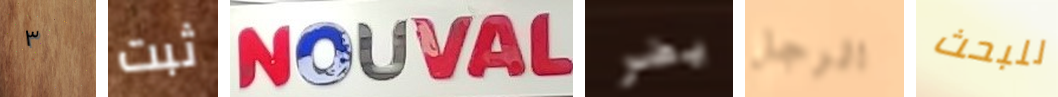
٣ ثبت NOUVAL يضر الرجل للبحث